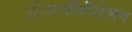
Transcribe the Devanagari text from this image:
डीकार्बोक्षीलेशन